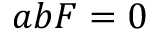
a b F = 0